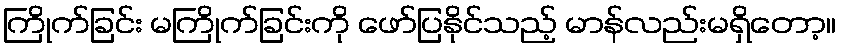
ကြိုက်ခြင်း မကြိုက်ခြင်းကို ဖော်ပြနိုင်သည့် မာန်လည်းမရှိတော့။